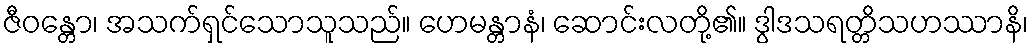
ဇီဝန္တော၊ အသက်ရှင်သောသူသည်။ ဟေမန္တာနံ၊ ဆောင်းလတို့၏။ ဒွါဒသရတ္တိသဟဿာနိ၊